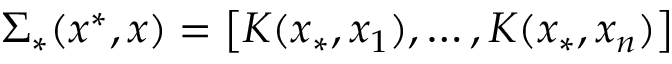
\Sigma _ { * } ( x ^ { * } , \boldsymbol { x } ) = \left[ K ( x _ { * } , x _ { 1 } ) , \dots , K ( x _ { * } , x _ { n } ) \right]